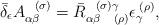
LaTeX: \begin{align*}\bar{\delta}_{\epsilon }A_{\alpha \beta }^{\;\;\;(\sigma )}=\bar{R}_{\alpha\beta \;\;\;\;(\rho )}^{\;\;\;(\sigma )\gamma }\epsilon _{\gamma }^{\;(\rho)}, \end{align*}